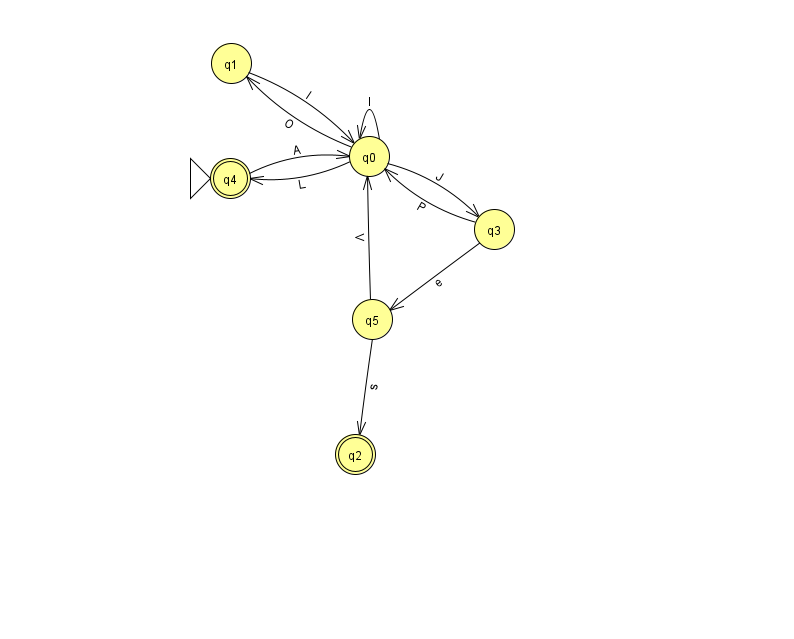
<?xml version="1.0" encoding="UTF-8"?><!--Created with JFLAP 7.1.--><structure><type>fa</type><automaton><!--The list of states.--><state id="0" name="q0"><x>369.0</x><y>143.0</y></state><state id="1" name="q1"><x>231.0</x><y>50.0</y></state><state id="2" name="q2"><x>355.0</x><y>441.0</y><final/></state><state id="3" name="q3"><x>494.0</x><y>216.0</y></state><state id="4" name="q4"><x>230.0</x><y>165.0</y><initial/><final/></state><state id="5" name="q5"><x>372.0</x><y>306.0</y></state><!--The list of transitions.--><transition><from>4</from><to>0</to><read>A</read></transition><transition><from>5</from><to>2</to><read>s</read></transition><transition><from>0</from><to>3</to><read>J</read></transition><transition><from>5</from><to>0</to><read>V</read></transition><transition><from>0</from><to>0</to><read>I</read></transition><transition><from>3</from><to>5</to><read>e</read></transition><transition><from>1</from><to>0</to><read>l</read></transition><transition><from>0</from><to>1</to><read>O</read></transition><transition><from>0</from><to>4</to><read>L</read></transition><transition><from>3</from><to>0</to><read>P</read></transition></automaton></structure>